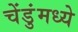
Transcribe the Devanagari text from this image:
चेंडुंमध्ये